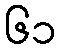
၆၁